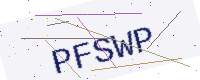
Text: PFSWP